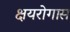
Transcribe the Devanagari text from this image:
क्षयरोगास